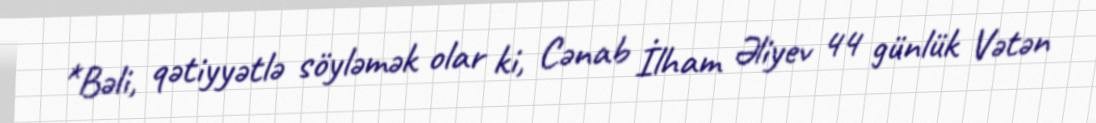
*Bəli, qətiyyətlə söyləmək olar ki, Cənab İlham Əliyev 44 günlük Vətən